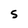
Character: S